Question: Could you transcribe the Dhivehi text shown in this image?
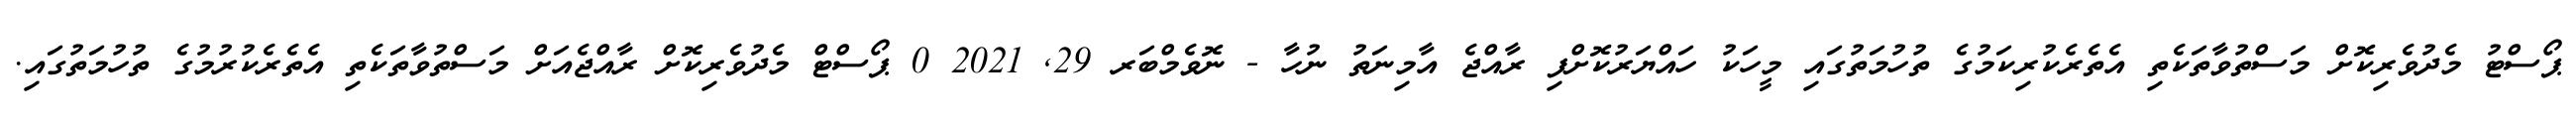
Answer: ޕޯސްޓު މެދުވެރިކޮށް މަސްތުވާތަކެތި އެތެރެކުރިކަމުގެ ތުހުމަތުގައި މީހަކު ހައްޔަރުކޮށްފި ރާއްޖެ އާމިނަތު ނުހާ - ނޮވެމްބަރ 29, 2021 0 ޕޯސްޓް މެދުވެރިކޮށް ރާއްޖެއަށް މަސްތުވާތަކެތި އެތެރެކުރުމުގެ ތުހުމަތުގައި.